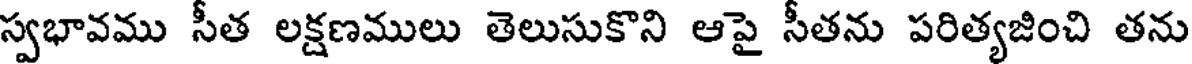
స్వభావము సీత లక్షణములు తెలుసుకొని ఆపై సీతను పరిత్యజించి తను